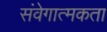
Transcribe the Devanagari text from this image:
संवेगात्मकता